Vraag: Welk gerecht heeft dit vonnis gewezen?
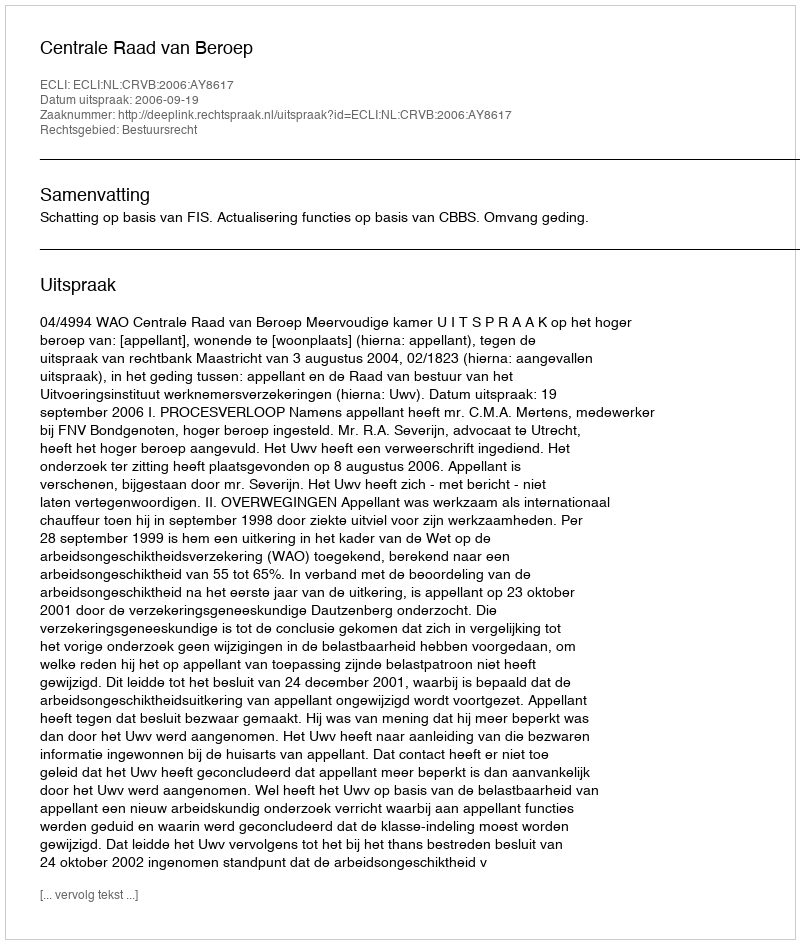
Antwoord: Centrale Raad van Beroep